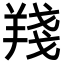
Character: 𦎗